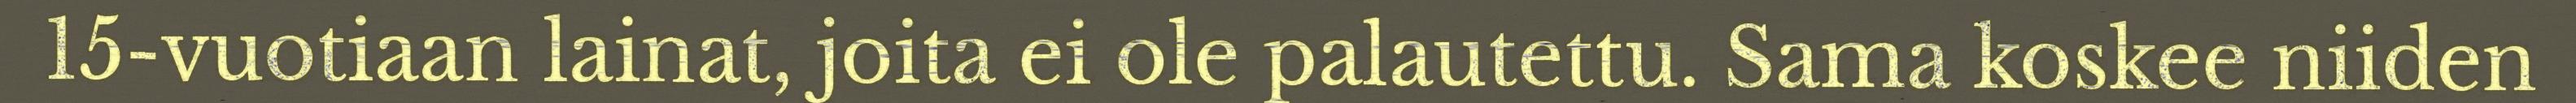
15-vuotiaan lainat, joita ei ole palautettu. Sama koskee niiden